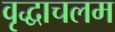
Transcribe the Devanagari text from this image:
वृद्धाचलम